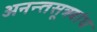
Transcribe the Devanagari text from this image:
अनन्तसूत्रबांध